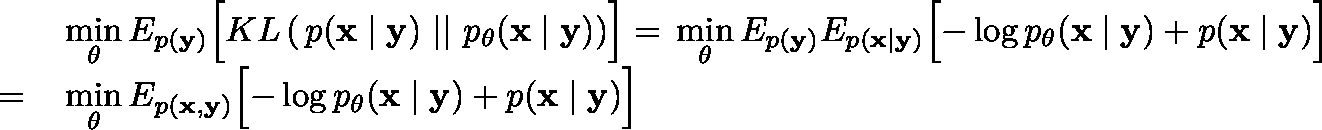
\begin{array} { r l } & { \underset { \mathbf { \theta } } { \min } \, \mathbb { E } _ { p ( \mathbf { y } ) } \Bigl [ \mathbb { K L } \left( \, p ( \mathbf { x } \mid \mathbf { y } ) \, \, | | \, \, p _ { \theta } ( \mathbf { x } \mid \mathbf { y } ) \right) \Bigr ] = \, \underset { \mathbf { \theta } } { \min } \, \mathbb { E } _ { p ( \mathbf { y } ) } \mathbb { E } _ { p ( \mathbf { x } \mid \mathbf { y } ) } \Bigl [ - \log p _ { \theta } ( \mathbf { x } \mid \mathbf { y } ) + p ( \mathbf { x } \mid \mathbf { y } ) \Bigr ] } \\ { = \, } & { \underset { \mathbf { \theta } } { \min } \, \mathbb { E } _ { p ( \mathbf { x } , \mathbf { y } ) } \Bigl [ - \log p _ { \theta } ( \mathbf { x } \mid \mathbf { y } ) + p ( \mathbf { x } \mid \mathbf { y } ) \Bigr ] } \end{array}